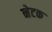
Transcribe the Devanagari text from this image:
नेटक